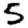
Digit: 5